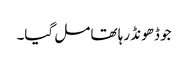
جو ڈھونڈ رہا تھا مل گیا۔